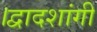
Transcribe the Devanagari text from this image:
।द्वादशांगी